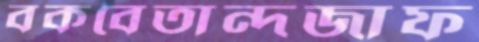
বকবেতান্দজাফ